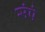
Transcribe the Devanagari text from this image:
संपे